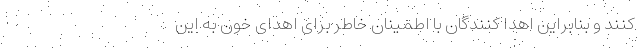
کنند و بنابراین اهدا کنندگان با اطمینان خاطر برای اهدای خون به این